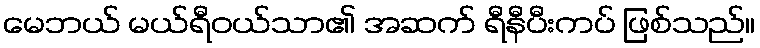
မေဘယ် မယ်ရီဝယ်သာ၏ အဆက် ရီနီပီးကပ် ဖြစ်သည်။